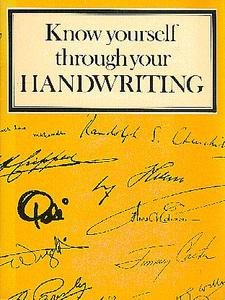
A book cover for Know Yourself Through Your Handwriting; Jane Paterson; Self-Help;